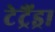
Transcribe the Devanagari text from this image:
टेट्रैंड्रा